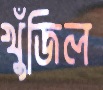
খুঁজিল